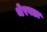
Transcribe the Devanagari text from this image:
थेरवडा